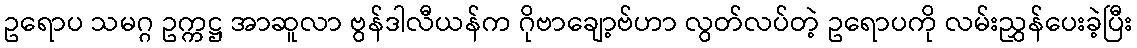
ဥရောပ သမဂ္ဂ ဥက္ကဋ္ဌ အာဆူလာ ဗွန်ဒါလီယန်က ဂိုဗာချော့ဗ်ဟာ လွတ်လပ်တဲ့ ဥရောပကို လမ်းညွှန်ပေးခဲ့ပြီး